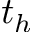
t _ { h }